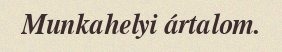
Munkahelyi ártalom.